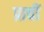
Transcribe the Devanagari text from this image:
प्राचीं